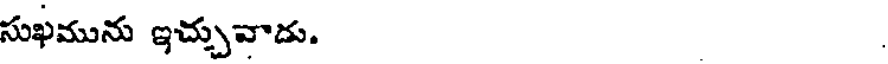
సుఖమును ఇచ్చువాడు.